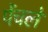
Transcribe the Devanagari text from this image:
पेंचले